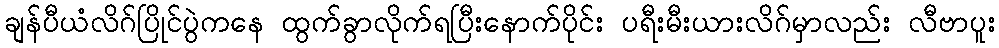
ချန်ပီယံလိဂ်ပြိုင်ပွဲကနေ ထွက်ခွာလိုက်ရပြီးနောက်ပိုင်း ပရီးမီးယားလိဂ်မှာလည်း လီဗာပူး